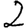
Digit: 2